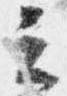
云